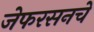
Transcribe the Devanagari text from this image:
जेफरसनचे